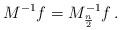
LaTeX: \begin{align*}M^{-1} f = M_{\frac{n}{2}}^{-1} f\,.\end{align*}